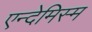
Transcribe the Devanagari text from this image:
एन्देमिस्म